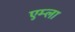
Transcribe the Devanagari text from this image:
एम्ला